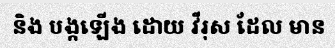
និង បង្កឡើង ដោយ វីរុស ដែល មាន